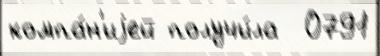
компа́н'иjей получи́ла  0791